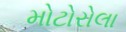
મોટોરોલા